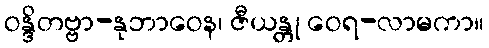
ဝန္ဒိတဗ္ဗာ-နုဘာဝေန၊ ဇီယန္တု ဝေရ-လာမကာ။